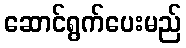
ဆောင်ရွက်ပေးမည်